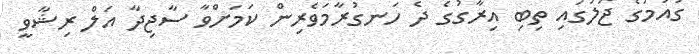
ގައުމުގެ ޖަލުގައި ތިބި އިރާގުގެ ދެ ހަަނގުރާމަވެރިން ކަމަށްވާ ސާޖިދާ އަލް ރިޝާވީ